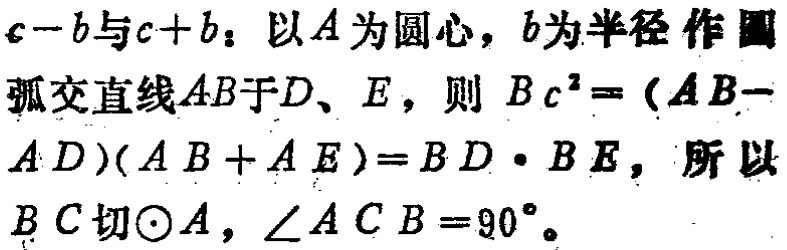
\(c - b\)与\(c + b\)：以\(A\)为圆心，\(b\)为半径作圆弧交直线\(AB\)于\(D\)、\(E\)，则\(BC^{2}=(AB - AD)(AB + AE)=BD\cdot BE\)，所以\(BC\)切\(\odot A\)，\(\angle ACB = 90^{\circ}\)。